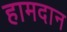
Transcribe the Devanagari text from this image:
हामदान